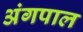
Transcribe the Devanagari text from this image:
अंगपाल